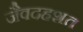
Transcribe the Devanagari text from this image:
जैवदहशत